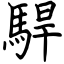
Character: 駻